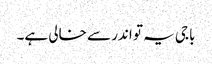
باجی یہ تو اندر سے خالی ہے۔